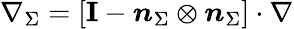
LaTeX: \nabla_{\Sigma}=\left[\mathbf{I}-\boldsymbol{n}_{\Sigma}\otimes\boldsymbol{n}_{\Sigma}\right]\cdot\nabla